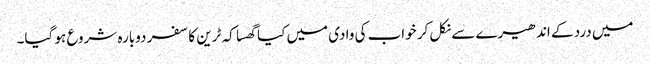
میں درد کے اندھیرے سے نکل کر خواب کی وادی میں کیا گھسا کہ ٹرین کا سفر دوبارہ شروع ہو گیا۔